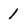
Character: 1